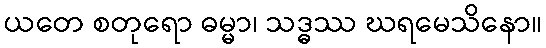
ယတေ စတုရော ဓမ္မာ၊ သဒ္ဓဿ ဃရမေသိနော။